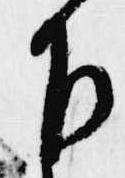
下